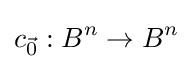
c_{\vec {0}}:B^{n}\to B^{n}